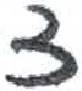
אות: צ